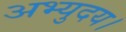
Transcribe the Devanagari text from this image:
अभ्युदय।